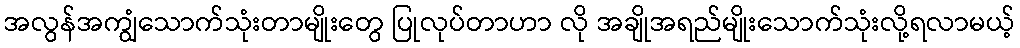
အလွန်အကျွံသောက်သုံးတာမျိုးတွေ ပြုလုပ်တာဟာ လို အချိုအရည်မျိုးသောက်သုံးလို့ရလာမယ့်